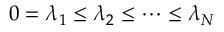
0 = \lambda _ { 1 } \leq \lambda _ { 2 } \leq \cdots \leq \lambda _ { N }